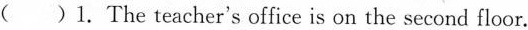
( )1. The teacher's office is on the second floor.